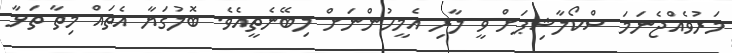
މަރުވެއްޖެނަމަ ސްކޯލާޝިޕަށް ވީ ލާރި އެމީހުންނަށް ލިބޭނެތީއެވެ. ބޮލުގަޔާ އެތައް މިތާ ތަޅާ